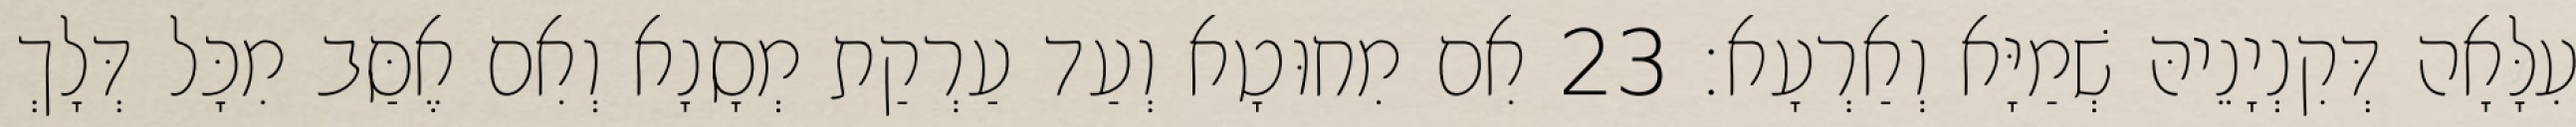
עִלָּאָה דְּקִנְיָנֵיהּ שְׁמַיָּא וְאַרְעָא׃ 23 אִם מִחוּטָא וְעַד עַרְקַת מְסָנָא וְאִם אֶסַּב מִכָּל דְּלָךְ